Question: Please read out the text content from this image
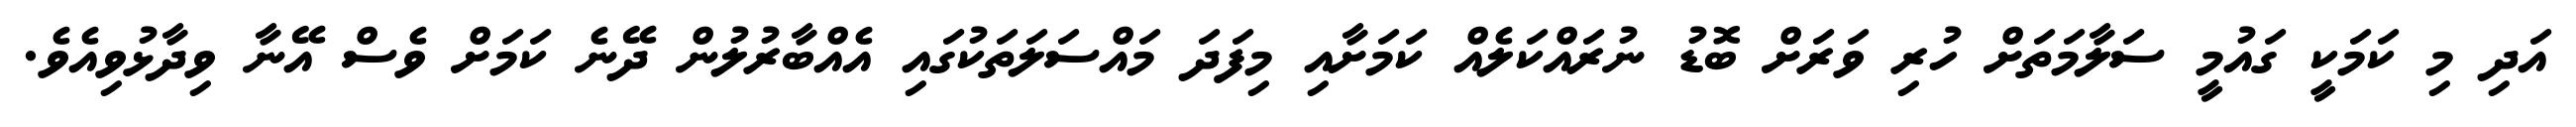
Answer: އަދި މި ކަމަކީ ގައުމީ ސަލާމަތަށް ހުރި ވަރަށް ބޮޑު ނުރައްކަލެއް ކަމަށާއި މިފަދަ މައްސަލަތަކުގައި އެއްބާރުލުން ދޭނެ ކަމަށް ވެސް އޭނާ ވިދާޅުވިއެވެ.